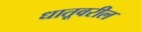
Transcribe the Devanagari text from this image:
धातूवरील